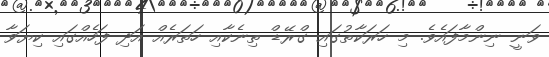
ވަނީ ނިންމާފައެވެ. މި ހަރަކާތުގައި ގްރޭޑް ތިނެކާއި ހަތަރެއް އަދި ފަހެއްގައި ކިޔަވާ